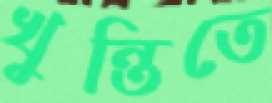
খুন্তিতে